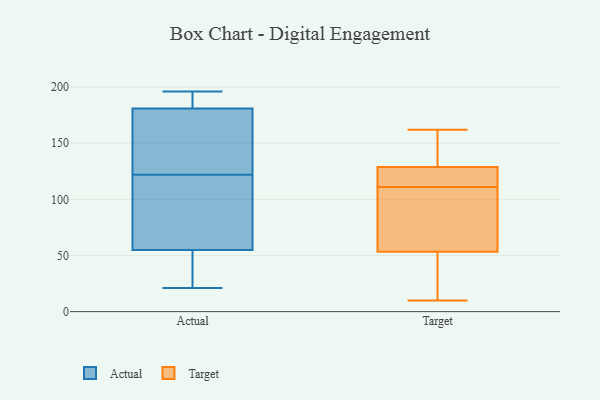
{"axis": {"x": "Satisfaction Score", "y": "Value"}, "legend": ["Actual", "Target"], "data": [{"x": "", "y": 65, "type": "Actual"}, {"x": "", "y": 145, "type": "Actual"}, {"x": "", "y": 195, "type": "Actual"}, {"x": "", "y": 181, "type": "Actual"}, {"x": "", "y": 165, "type": "Actual"}, {"x": "", "y": 21, "type": "Actual"}, {"x": "", "y": 150, "type": "Actual"}, {"x": "", "y": 196, "type": "Actual"}, {"x": "", "y": 189, "type": "Actual"}, {"x": "", "y": 60, "type": "Actual"}, {"x": "", "y": 99, "type": "Actual"}, {"x": "", "y": 38, "type": "Actual"}, {"x": "", "y": 55, "type": "Actual"}, {"x": "", "y": 27, "type": "Actual"}, {"x": "", "y": 122, "type": "Target"}, {"x": "", "y": 49, "type": "Target"}, {"x": "", "y": 112, "type": "Target"}, {"x": "", "y": 143, "type": "Target"}, {"x": "", "y": 15, "type": "Target"}, {"x": "", "y": 162, "type": "Target"}, {"x": "", "y": 111, "type": "Target"}, {"x": "", "y": 11, "type": "Target"}, {"x": "", "y": 88, "type": "Target"}, {"x": "", "y": 66, "type": "Target"}, {"x": "", "y": 112, "type": "Target"}, {"x": "", "y": 161, "type": "Target"}, {"x": "", "y": 10, "type": "Target"}, {"x": "", "y": 131, "type": "Target"}, {"x": "", "y": 82, "type": "Target"}]}